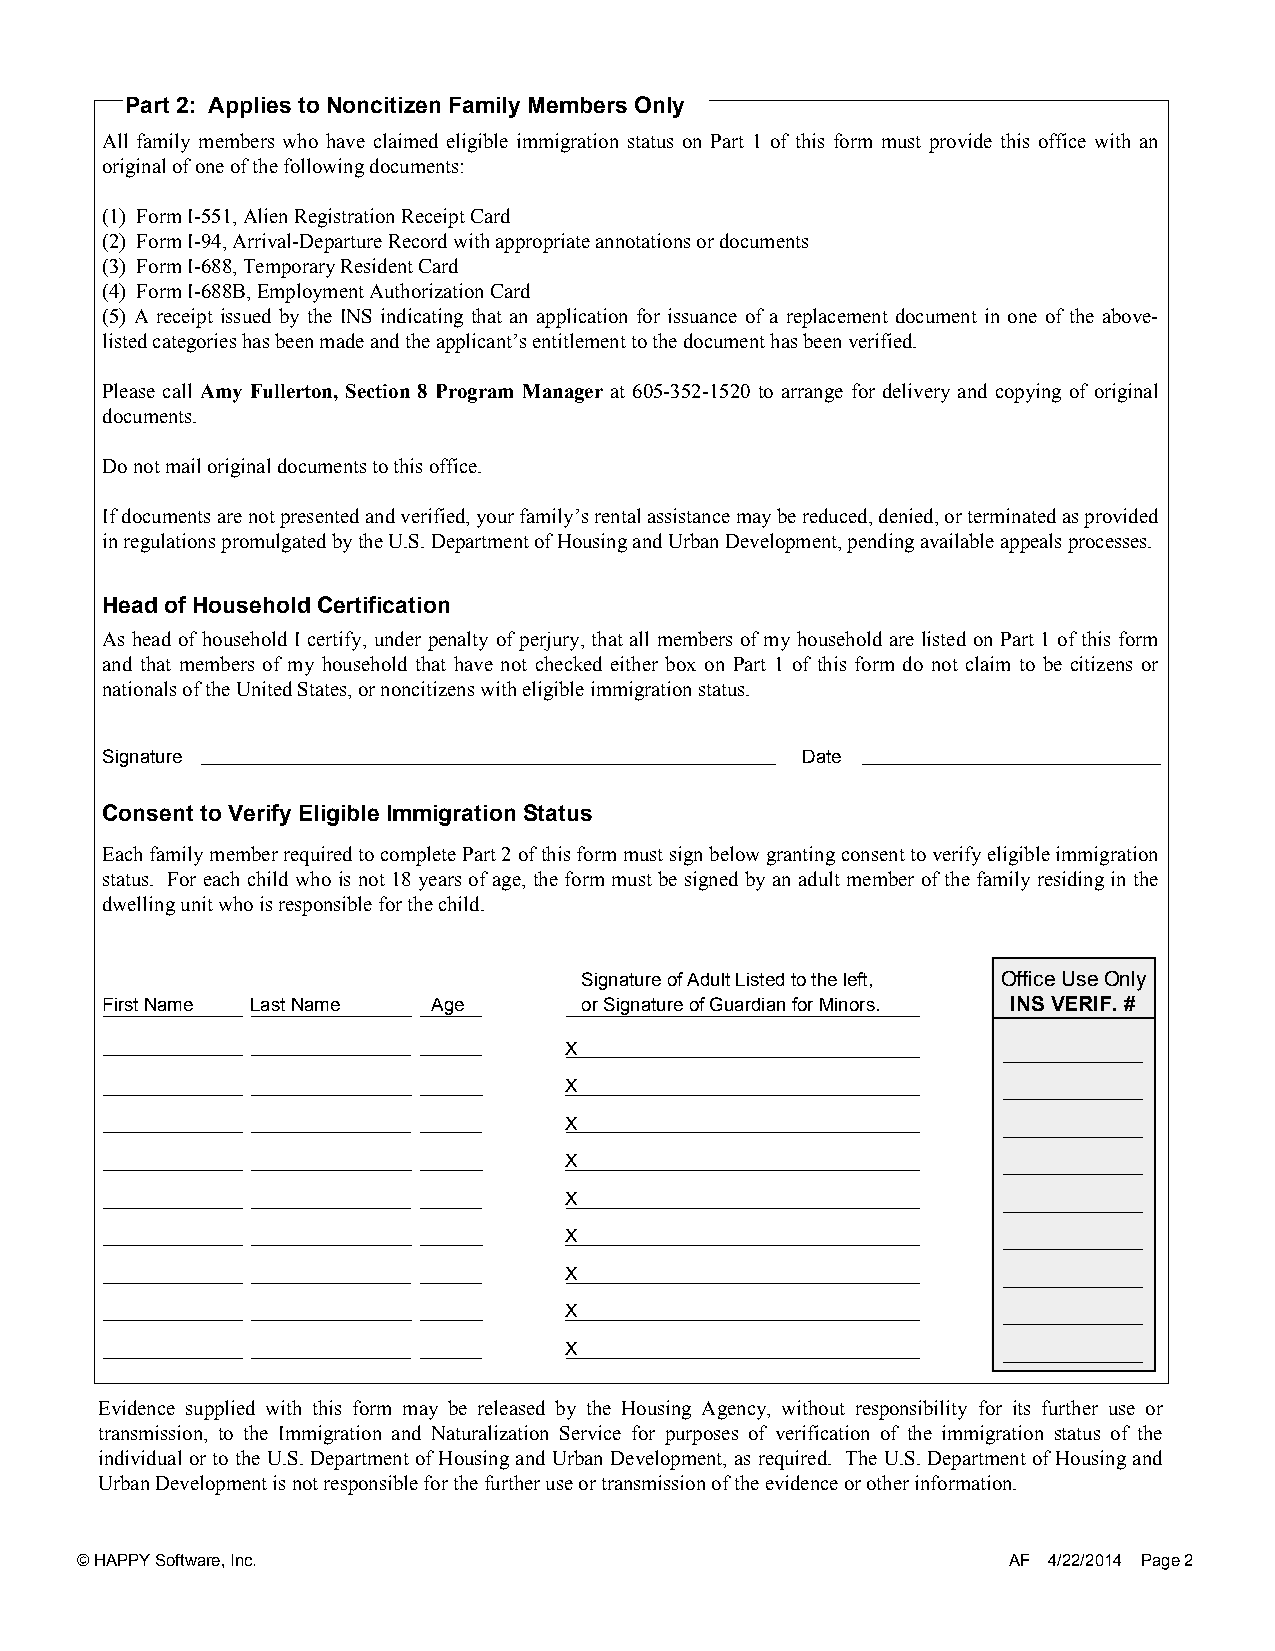
Part 2: Applies to Noncitizen Family Members Only
 All family members who have claimed eligible immigration status on Part 1 of this form must provide this office with an
 original of one of the following documents:
 (1) Form I-551, Alien Registration Receipt Card
 (2) Form I-94, Arrival-Departure Record with appropriate annotations or documents
 (3) Form I-688, Temporary Resident Card
 (4) Form I-688B, Employment Authorization Card
 (5) A receipt issued by the INS indicating that an application for issuance of a replacement document in one of the above-
 listed categories has been made and the applicant’s entitlement to the document has been verified.
 Please call Amy Fullerton, Section 8 Program Manager at 605-352-1520 to arrange for delivery and copying of original
 documents.
 Do not mail original documents to this office.
 Ifdocumentsarenotpresentedandverified,yourfamily’srentalassistancemaybereduced,denied,orterminatedasprovided
 in regulations promulgated by the U.S. Department of Housing and Urban Development, pending available appeals processes.
 Head of Household Certification
 As head of household I certify, under penalty of perjury, that all members of my household are listed on Part 1 of this form
 and that members of my household that have not checked either box on Part 1 of this form do not claim to be citizens or
 nationals of the United States, or noncitizens with eligible immigration status.
 Signature                                     Date
 Consent to Verify Eligible Immigration Status
 EachfamilymemberrequiredtocompletePart2ofthisformmustsignbelowgrantingconsenttoverifyeligibleimmigration
 status. For each child who is not 18 years of age, the form must be signed by an adult member of the family residing in the
 dwelling unit who is responsible for the child.
 Signature of Adult Listed to the left, Office Use Only
 First Name Last Name  Age      or Signature of Guardian for Minors. INS VERIF. #
 X
 X
 X
 X
 X
 X
 X
 X
 X
 Evidence supplied with this form may be released by the Housing Agency, without responsibility for its further use or
 transmission, to the Immigration and Naturalization Service for purposes of verification of the immigration status of the
 individual or to the U.S. Department of Housing and Urban Development, as required. The U.S. Department of Housing and
 Urban Development is not responsible for the further use or transmission of the evidence or other information.
 © HAPPY Software, Inc.                                        AF 4/22/2014 Page 2